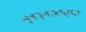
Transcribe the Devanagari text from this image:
स्वप्नावास्था